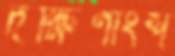
দক্ষিণাংশ